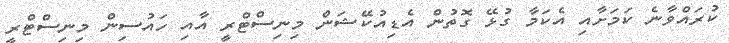
ކުރައްވާނެ ކަމަށާއި އެކަމާ ގުޅޭ ގޮތުން އެޑިއުކޭޝަން މިނިސްޓްރީ އާއި ހައުސިން މިނިސްޓްރީ